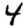
Digit: 4